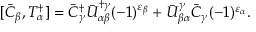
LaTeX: [ \bar { C } _ { \beta } , { \cal T } _ { \alpha } ^ { \dagger } ] = \bar { C } _ { \gamma } ^ { \dagger } \bar { U } _ { \alpha \beta } ^ { \dagger \gamma } ( - 1 ) ^ { \varepsilon _ { \beta } } + \bar { U } _ { \beta \alpha } ^ { \gamma } \bar { C } _ { \gamma } ( - 1 ) ^ { \varepsilon _ { \alpha } } .